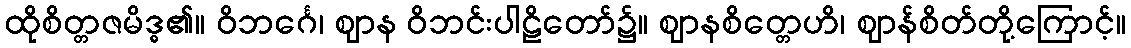
ထိုစိတ္တဇမိဒ္ဓ၏။ ဝိဘင်္ဂေ၊ ဈာန ဝိဘင်းပါဠိတော်၌။ ဈာနစိတ္တေဟိ၊ ဈာန်စိတ်တို့ကြောင့်။